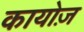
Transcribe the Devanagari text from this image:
कायोज़